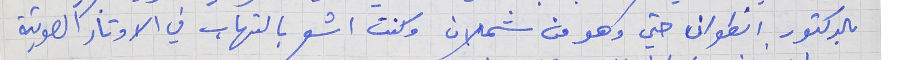
بالدكتور انطوان حتي وهو من شملان وكنت اشعر بالتهاب في الاوتار الصوتية